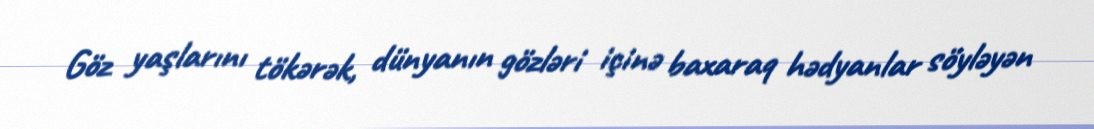
Göz yaşlarını tökərək, dünyanın gözləri içinə baxaraq hədyanlar söyləyən